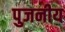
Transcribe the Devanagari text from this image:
पुजनीय